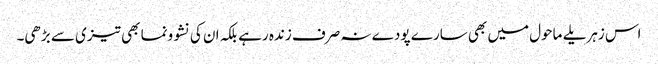
اس زہریلے ماحول میں بھی سارے پودے نہ صرف زندہ رہے بلکہ ان کی نشوونما بھی تیزی سے بڑھی۔